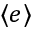
\langle e \rangle